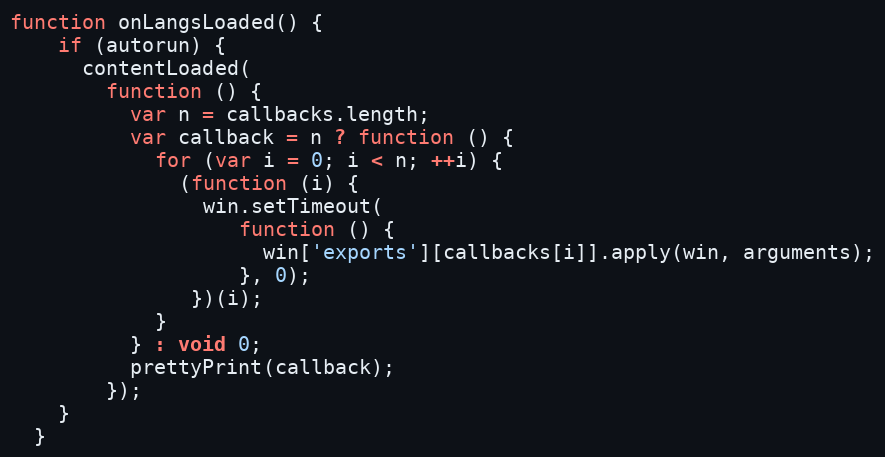
Language: JavaScript
function onLangsLoaded() {
    if (autorun) {
      contentLoaded(
        function () {
          var n = callbacks.length;
          var callback = n ? function () {
            for (var i = 0; i < n; ++i) {
              (function (i) {
                win.setTimeout(
                   function () {
                     win['exports'][callbacks[i]].apply(win, arguments);
                   }, 0);
               })(i);
            }
          } : void 0;
          prettyPrint(callback);
        });
    }
  }